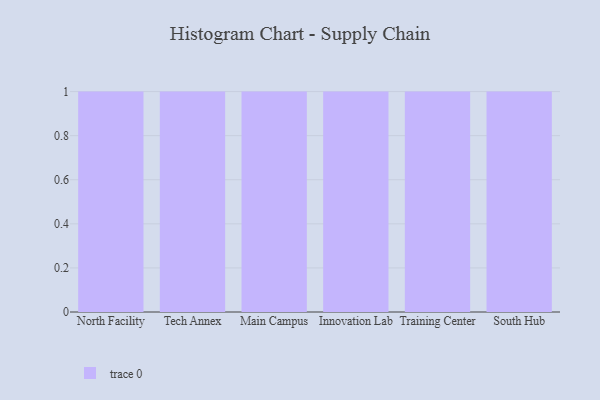
{"axis": {"x": "Campus", "y": "Customer Acquisition Cost (USD)"}, "legend": [""], "data": [{"x": "North Facility", "y": 99, "type": ""}, {"x": "Tech Annex", "y": 79, "type": ""}, {"x": "Main Campus", "y": 54, "type": ""}, {"x": "Innovation Lab", "y": 99, "type": ""}, {"x": "Training Center", "y": 90, "type": ""}, {"x": "South Hub", "y": 50, "type": ""}]}